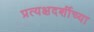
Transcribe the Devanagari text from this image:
प्रत्यक्षदर्शीच्या